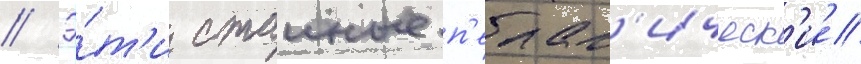
// Э́т'и стаиные п'елаг'ическ'ие